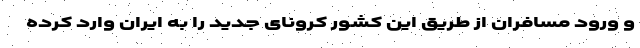
و ورود مسافران از طریق این کشور کرونای جدید را به ایران وارد کرده